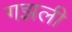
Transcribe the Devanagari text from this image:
गझली